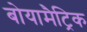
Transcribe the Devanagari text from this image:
बोयामैट्रिक